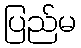
ပြည်မ